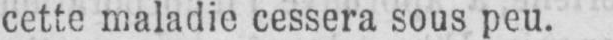
cette maladie cessera sous peu.